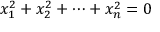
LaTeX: x _ { 1 } ^ { 2 } + x _ { 2 } ^ { 2 } + \dots + x _ { n } ^ { 2 } = 0